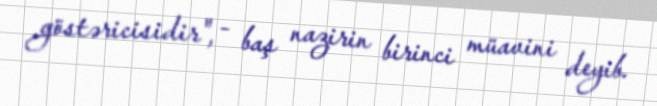
göstəricisidir", - baş nazirin birinci müavini deyib.